Leaving Certificate Examination, 1916
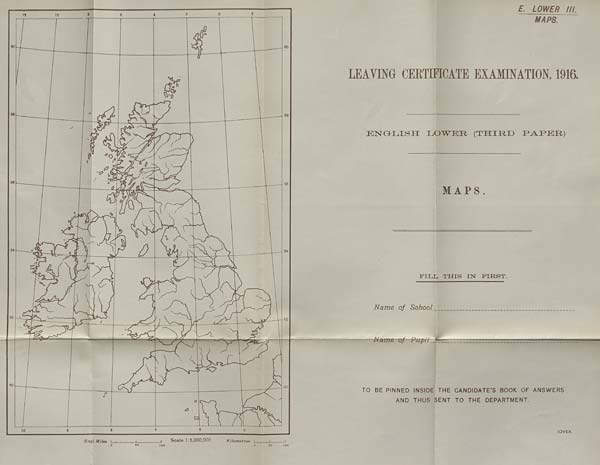
GEGG. HIGHER.
MAP.
LEAVING CERTIFICATE EXAMINATION, 1916.
Q-EOGR-AJPHY
HIGHER.
M AP .
PILL THIS IN FIRST.
Name of School
Name of Pupil
TO BE PINNED INSIDE THE CANDIDATE’S BOOK OF ANSWERS
AND THUS SENT TO THE DEPARTMENT.
[OVER.